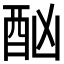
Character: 酗